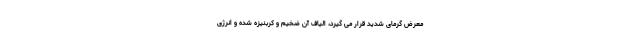
معرض گرمای شدید قرار می گیرد، الیاف آن ضخیم و کربنیزه شده و انرژی